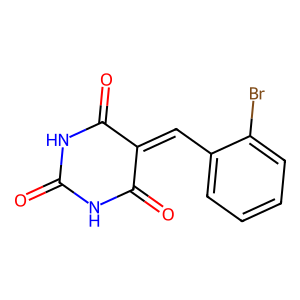
SMILES: O=C1NC(=O)C(=Cc2ccccc2Br)C(=O)N1
Inhibits HIV replication: No